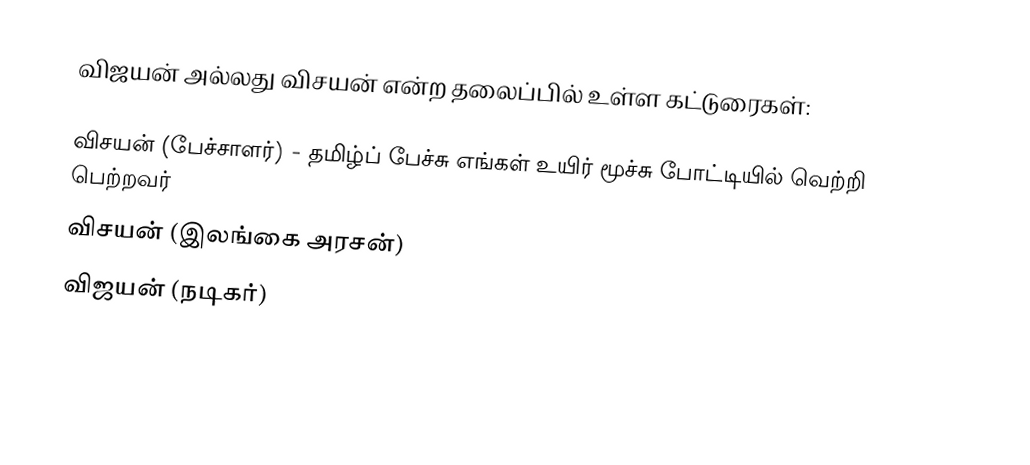
விஜயன் அல்லது விசயன் என்ற தலைப்பில் உள்ள கட்டுரைகள்:

 விசயன் (பேச்சாளர்) - தமிழ்ப் பேச்சு எங்கள் உயிர் மூச்சு போட்டியில் வெற்றி பெற்றவர்
 விசயன் (இலங்கை அரசன்)
 விஜயன் (நடிகர்)